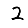
Digit: 2